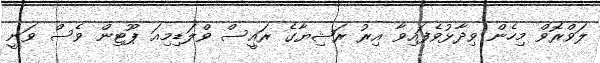
ލަވްރޮވް މިހެން ވިދާޅުވެފައިވާ އިރު ރަޝިޔާގެ ރައީސް ވްލަޑިމިއަ ޕޫޓިން ވެސް ވަނީ